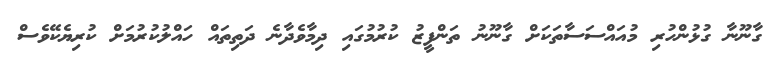
ގާނޫނާ ގުޅުންހުރި މުއައްސަސާތަކަށް ގާނޫނު ތަންފީޒު ކުރުމުގައި ދިމާވެދާނެ ދަތިތައް ހައްލުކުރުމަށް ކުރިޔެކޭވެސް